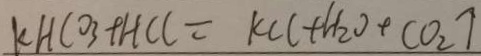
k H C O _ { 3 } + H C l = k C l + H _ { 2 } O + C O _ { 2 } \uparrow